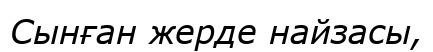
Сынған жерде найзасы,